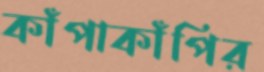
কাঁপাকাঁপির